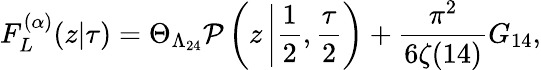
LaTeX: F_{L}^{(\alpha)}(z|\tau)=\Theta_{\Lambda_{24}}{\cal P}\left(z\left|\frac{1}{2},\frac{\tau}{2}\right.\right)+\frac{\pi^{2}}{6\zeta(14)}G_{14},